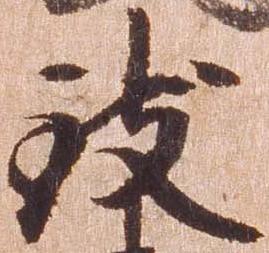
致